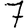
Digit: 7